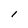
Character: l